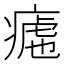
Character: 𱱚